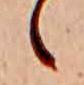
ゝ